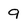
Character: 9